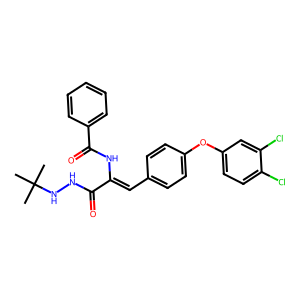
SMILES: CC(C)(C)NNC(=O)C(=Cc1ccc(Oc2ccc(Cl)c(Cl)c2)cc1)NC(=O)c1ccccc1
Inhibits HIV replication: No